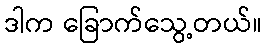
ဒါက ခြောက်သွေ့တယ်။